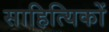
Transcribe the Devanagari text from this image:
साहित्‍यिकों